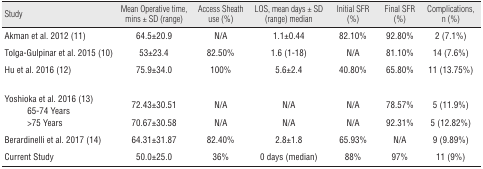
| <COLSPAN=2> Study | Mean Operative time, mins ± SD (range) | Access Sheath use (%) | LOS, mean days ± SD (range) median | Initial SFR (%) | Final SFR (%) | Complications, n (%) |
 | --- | --- | --- | --- | --- | --- | --- | --- |
 | <COLSPAN=2> Akman et al. 2012 (11) | 64.5±20.9 | N/A | 1.1±0.44 | 82.10% | 92.80% | 2 (7.1%) |
 | <COLSPAN=2> Tolga-Gulpinar et al. 2015 (10) | 53±23.4 | 82.50% | 1.6 (1-18) | N/A | 81.10% | 14 (7.6%) |
 | <COLSPAN=2> Hu et al. 2016 (12) | 75.9±34.0 | 100% | 5.6±2.4 | 40.80% | 65.80% | 11 (13.75%) |
 | <COLSPAN=2> Yoshioka et al. 2016 (13) |  |  |  |  |  |  |
 |  | 65-74 Years | 72.43±30.51 | N/A | N/A | N/A | 78.57% | 5 (11.9%) |
 |  | >75 Years | 70.67±30.58 | N/A | N/A | N/A | 92.31% | 5 (12.82%) |
 | <COLSPAN=2> Berardinelli et al. 2017 (14) | 64.31±31.87 | 82.40% | 2.8±1.8 | 65.93% | N/A | 9 (9.89%) |
 | <COLSPAN=2> Current Study | 50.0±25.0 | 36% | 0 days (median) | 88% | 97% | 11 (9%) |